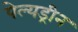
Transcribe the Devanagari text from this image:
पेल्यड्रीन